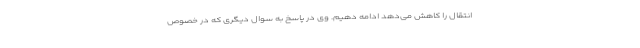
انتقال را کاهش می‌دهد ادامه دهیم. وی در پاسخ به سوال دیگری که در خصوص